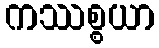
ကဿစ္စယာ